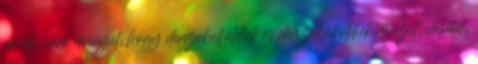
amely arra irányul, hogy devizabelföldiek és devizakülföldiek devizát, valutát,